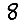
Digit: 8